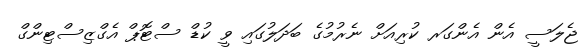
ޖެލަސީ އެން އެންގަރ ކުރިއަށް ނެރުމުގެ ބަދަލުގައި ވީ ކުޑް ސްޓޮޕް އެގްޒިސްޓިންގް